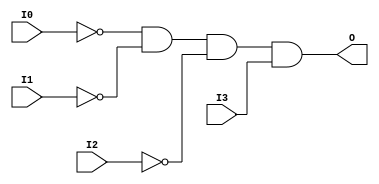
// $Header: /devl/xcs/repo/env/Databases/CAEInterfaces/xec_libs/data/unisims/AND4B3.v,v 1.1 2005/05/10 01:20:03 wloo Exp $

/*

FUNCTION	: 4-INPUT AND GATE

*/

`celldefine
`timescale  100 ps / 10 ps

module AND4B3 (O, I0, I1, I2, I3);

    output O;

    input  I0, I1, I2, I3;

    not N2 (i2_inv, I2);
    not N1 (i1_inv, I1);
    not N0 (i0_inv, I0);
    and A1 (O, i0_inv, i1_inv, i2_inv, I3);

endmodule